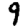
Digit: 9